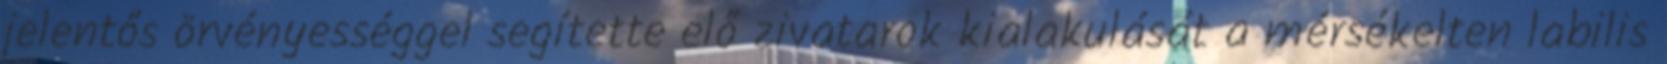
jelentős örvényességgel segítette elő zivatarok kialakulását a mérsékelten labilis